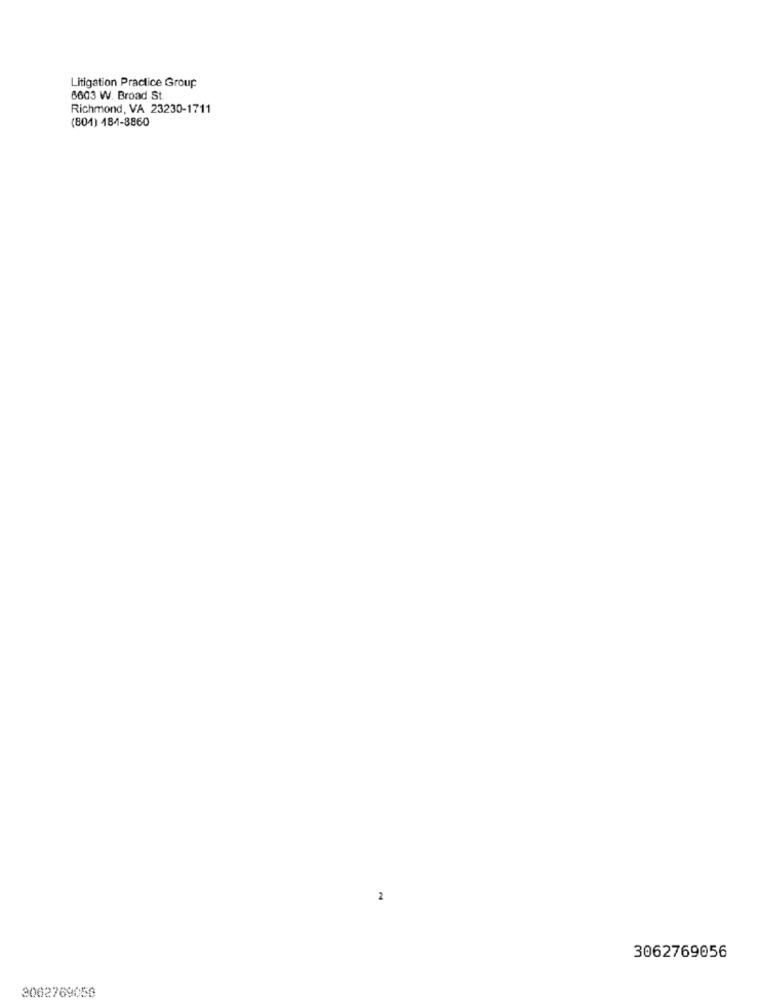
Litigation Practice Group
6603 W. Broad St.
Richmond, VA 23230-1711
(801) 184-8860
2
3062769056
3062769050